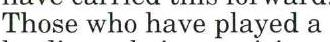
Those who have played a